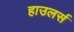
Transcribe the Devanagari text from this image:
हाउलर्स